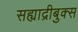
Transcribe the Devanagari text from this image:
सह्याद्रीबुक्स